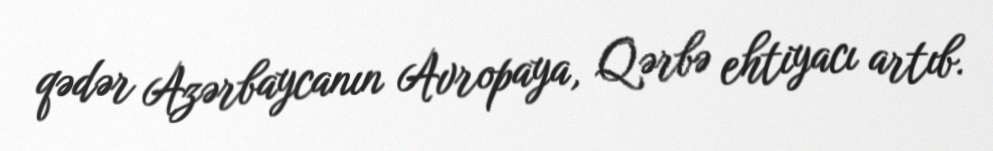
qədər Azərbaycanın Avropaya, Qərbə ehtiyacı artıb.